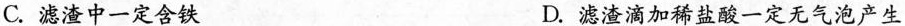
C.滤渣中一定含铁 D.滤渣滴加稀盐酸一定无气泡产生